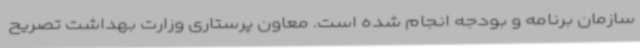
سازمان برنامه و بودجه انجام شده است. معاون پرستاری وزارت بهداشت تصریح